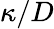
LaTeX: \kappa/D